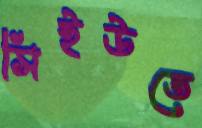
সিইউতে